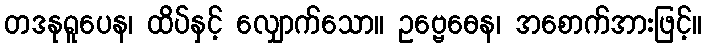
တဒနုရူပေန၊ ထိပ်နှင့် လျှောက်သော။ ဥဗ္ဗေဓေန၊ အစောက်အားဖြင့်။